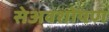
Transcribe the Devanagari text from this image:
सेअवशोषण